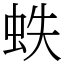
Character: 蛈